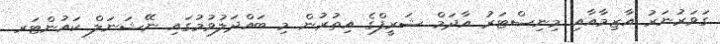
ގަވަރުނަރު އާޒިމާއާއި މިނިސްޓަރު އާދަމް ޝަރީފްގެ އިތުރުން މި ބައްދަލުވުމުގައި ނޭޝަނަލް ކައުންޓަރ